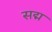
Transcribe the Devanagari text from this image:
सद्म